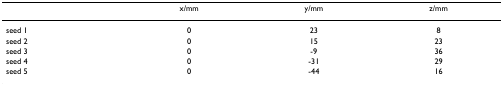
|  | x/mm | y/mm | z/mm |
 | --- | --- | --- | --- |
 | seed 1 | 0 | 23 | 8 |
 | seed 2 | 0 | 15 | 23 |
 | seed 3 | 0 | -9 | 36 |
 | seed 4 | 0 | -31 | 29 |
 | seed 5 | 0 | -44 | 16 |